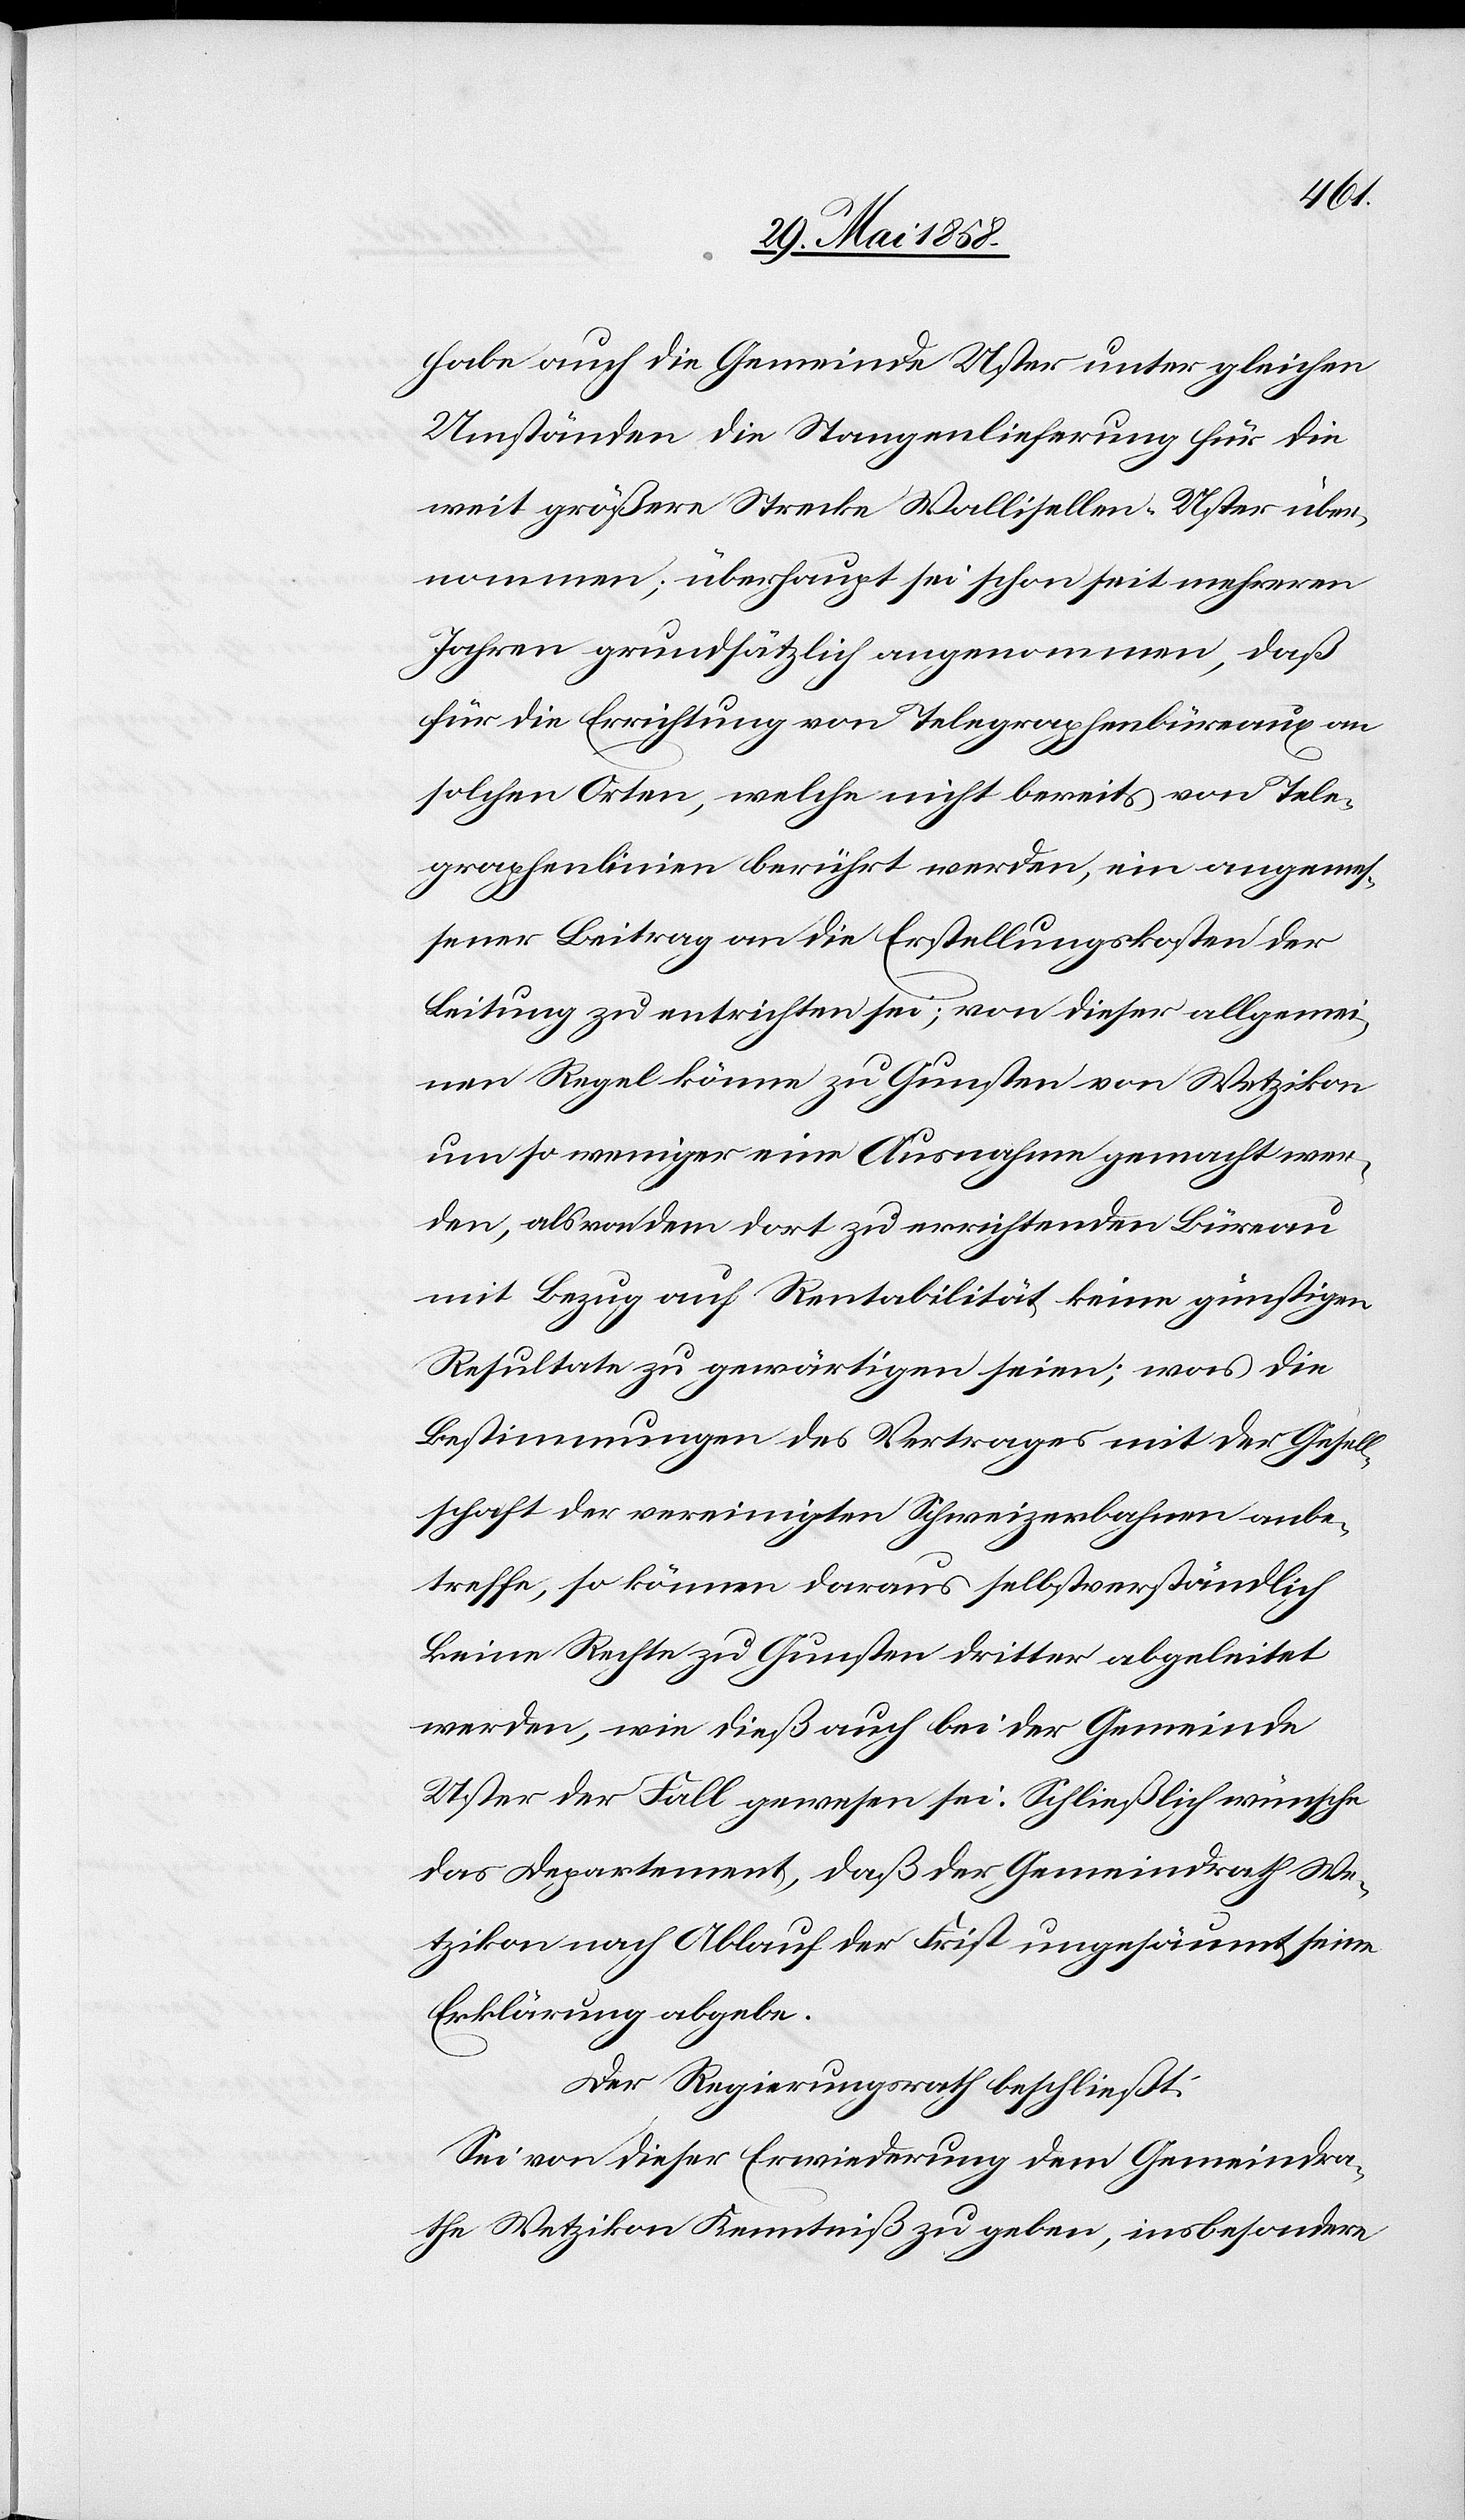
habe auch die Gemeinde Uster unter gleichen
Umständen die Stangenlieferung für die
weit größere Strecke Wallisellen–Uster über¬
nommen; überhaupt sei schon seit mehreren
Jahren grundsätzlich angenommen, daß
für die Errichtung von Telegraphenbüreaux an
solchen Orten, welche nicht bereits von Tele¬
graphenlinien berührt werden, ein angemes¬
sener Beitrag an die Erstellungskosten der
Leitung zu entrichten sei; von dieser allgemei¬
nen Regel könne zu Gunsten von Wetzikon
um so weniger eine Ausnahme gemacht wer¬
den, als von dem dort zu errichtenden Büreau
mit Bezug auf Rentabilität keine günstigen
Resultate zu gewärtigen seien; was die
Bestimmungen des Vertrages mit der Gesell¬
schaft der vereinigten Schweizerbahnen anbe¬
treffe, so können daraus selbstverständlich
keine Rechte zu Gunsten dritter abgeleitet
werden, wie dieß auch bei der Gemeinde
Uster der Fall gewesen sei. Schließlich wünsche
das Departement, daß der Gemeindrath We¬
tzikon nach Ablauf der Frist ungesäumt seine
Erklärung abgebe.
Der Regierungsrath beschließt:
Sei von dieser Erwiederung dem Gemeindra¬
the Wetzikon Kenntniß zu geben, insbesondere